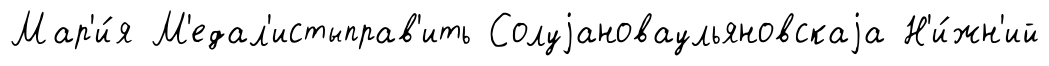
Мар'и́я М'едал'истыправ'ить Солуjановаульяновскаjа Н'и́жн'ий